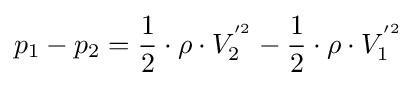
p_{1}-p_{2}={\frac {1}{2}}\cdot \rho \cdot V_{2}^{'^{2}}-{\frac {1}{2}}\cdot \rho \cdot V_{1}^{'^{2}}